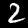
Digit: 2